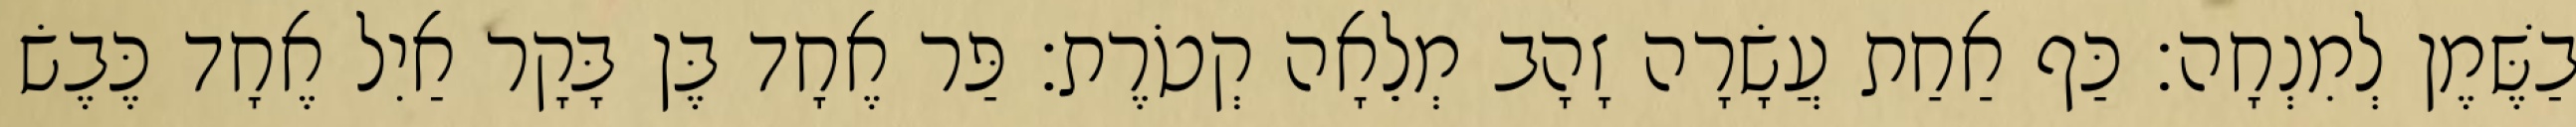
בַשֶּׁמֶן לְמִנְחָה׃ כַּף אַחַת עֲשָׂרָה זָהָב מְלֵאָה קְטֹרֶת׃ פַּר אֶחָד בֶּן בָּקָר אַיִל אֶחָד כֶּבֶשׂ